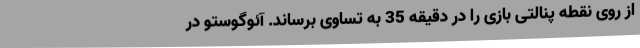
از روی نقطه پنالتی بازی را در دقیقه 35 به تساوی برساند. آئوگوستو در